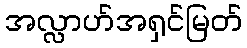
အလ္လာဟ်အရှင်မြတ်